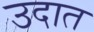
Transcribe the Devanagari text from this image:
उदात